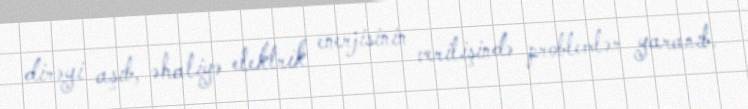
dirəyi aşıb, əhaliyə elektrik enerjisinin verilişində problemlər yaranıb.